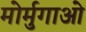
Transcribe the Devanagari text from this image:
मोर्मुगाओ